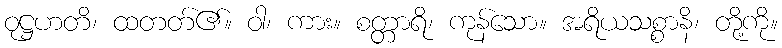
ဝုဋ္ဌဟတိ၊ ထတတ်၏။ ဝါ၊ ကား။ စတ္တာရိ၊ ကုန်သော။ အရိယသစ္စာနိ၊ တို့ကို။